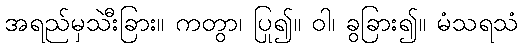
အရည်မှသီးခြား။ ကတွာ၊ ပြု၍။ ဝါ၊ ခွဲခြား၍။ မံသရသံ